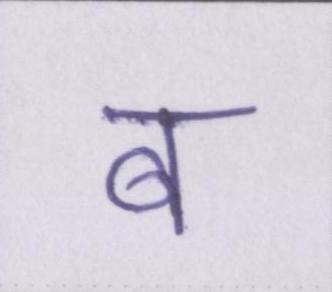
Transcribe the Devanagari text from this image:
ब